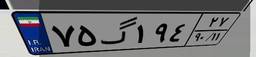
۷۵گ۱۹۴۲۷